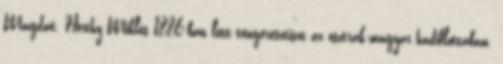
Magdát. Horthy Miklós 1886-ban lett tengerésztiszt az osztrák-magyar hadiflottában.